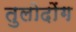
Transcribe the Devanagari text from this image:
तुलोदोंग